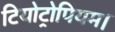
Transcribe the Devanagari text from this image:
टियोट्रोपियम।